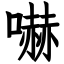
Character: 嚇